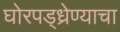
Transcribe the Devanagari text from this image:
घोरपड्ध्रेण्याचा